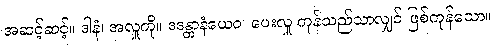
အဆင့်ဆင့်။ ဒါနံ၊ အလှူကို။ ဒဒန္တာနံယေဝ၊ ပေးလှူ ကုန်သည်သာလျှင် ဖြစ်ကုန်သော။